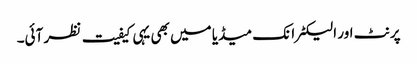
پرنٹ اور الیکٹرانک میڈیا میں بھی یہی کیفیت نظر آئی۔